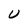
Character: U